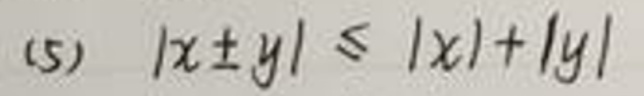
(5) \(|x\pm y|\leq|x| + |y|\)